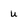
Character: u